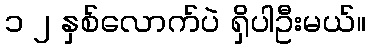
၁ ၂ နှစ်လောက်ပဲ ရှိပါဦးမယ်။